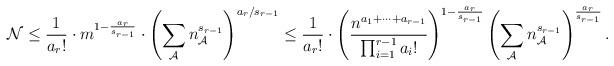
LaTeX: \begin{align*} \mathcal{N}\le \frac{1}{a_r!}\cdot m^{1-\frac{a_r}{s_{r-1}}}\cdot \left(\sum_{\mathcal{A}}n_{\mathcal{A}}^{s_{r-1}}\right)^{a_r/s_{r-1}}\le \frac{1}{a_r!} \cdot \left(\frac{n^{a_1+\cdots+a_{r-1}}}{\prod_{i=1}^{r-1} a_i!}\right)^{1-\frac{a_r}{s_{r-1}}} \left(\sum_{\mathcal{A}}n_{\mathcal{A}}^{s_{r-1}}\right)^{\frac{a_r}{s_{r-1}}}.\end{align*}